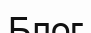
Блог